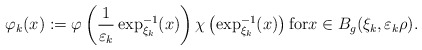
\begin{align*}\varphi_{k}(x):=\varphi\left( \frac{1}{\varepsilon_{k}}\exp_{\xi_{k}}^{-1}(x)\right) \chi\left( \exp_{\xi_{k}}^{-1}(x)\right) \text{for}x\in B_{g}(\xi_{k},\varepsilon_{k}\rho).\end{align*}